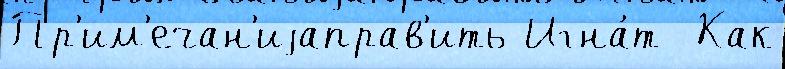
Пр'им'ечан'иjаправ'ить Игна́т  Как